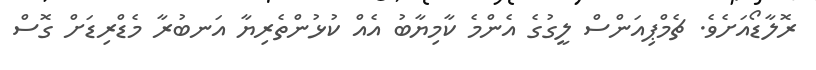
ރޮލާޑޯއަށެވެ. ޗެމްޕިއަންސް ލީގުގެ އެންމެ ކާމިޔާބު އެއް ކުޅުންތެރިޔާ އަނބުރާ މެޑްރިޑަށް ގޮސް